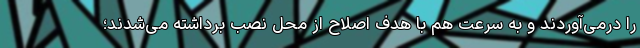
را درمی‌آوردند و به سرعت هم با هدف اصلاح از محل نصب برداشته می‌شدند؛